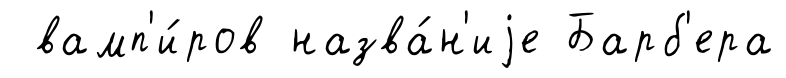
вамп'и́ров назва́н'иjе Барб'ера